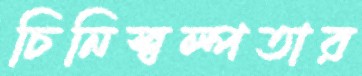
চিনিস্বল্পতার